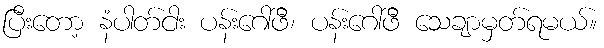
ပြီးတော့ နံပါတ်ငါး ပန်းဂေါ်ဖီ၊ ပန်းဂေါ်ဖီ သေချာမှတ်ရမယ်။